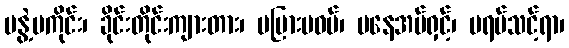
မနွဲ့မကိုင်း၊ ခိုင်းတိုင်းကျားတား၊ မပြားမဝပ်၊ မနေအပ်ရှင့်၊ မရပ်သင့်ရာ၊